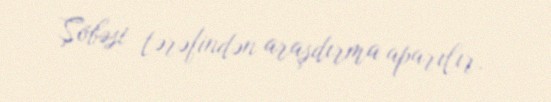
Şöbəsi tərəfindən araşdırma aparılır.